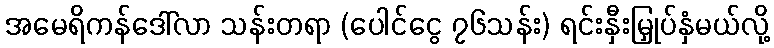
အမေရိကန်ဒေါ်လာ သန်းတရာ (ပေါင်ငွေ ၇၆သန်း) ရင်းနှီးမြှုပ်နှံမယ်လို့